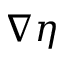
\boldsymbol { \nabla \eta }